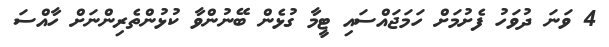
4 ވަނަ ދުވަހު ފެށުމަށް ހަމަޖައްސައި ޓީމާ ގުޅެން ބޭނުންވާ ކުޅުންތެރިންނަށް ހާއްސަ